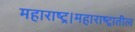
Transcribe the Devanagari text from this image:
महाराष्ट्र।महाराष्ट्रातील